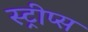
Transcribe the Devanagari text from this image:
स्ट्रीप्स